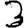
Digit: 3